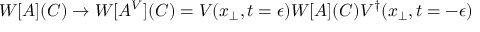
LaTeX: W [ A ] ( C ) \rightarrow W [ A ^ { V } ] ( C ) = V ( x _ { \perp } , t = \epsilon ) W [ A ] ( C ) V ^ { \dagger } ( x _ { \perp } , t = - \epsilon )